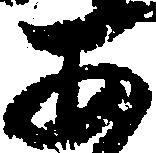
あ